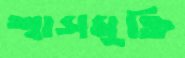
শ্বাসমুক্তি